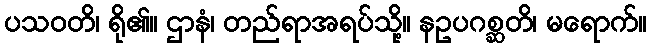
ပသဝတိ၊ ရို၏။ ဌာနံ၊ တည်ရာအရပ်သို့။ နဥပဂစ္ဆတိ၊ မရောက်။